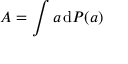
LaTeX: A = \int a \, \mathrm { d } P ( a )